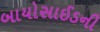
બાયોસાઈડની